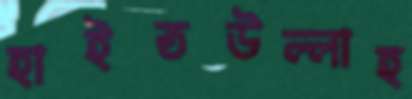
হাইতউল্লাহ